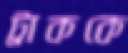
ট্রাককে